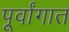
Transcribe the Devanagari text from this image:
पूर्वांगात